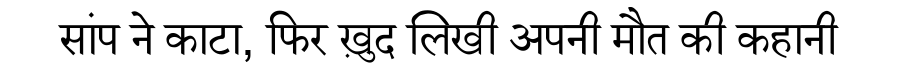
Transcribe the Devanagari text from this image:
सांप ने काटा, फिर ख़ुद लिखी अपनी मौत की कहानी